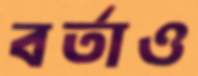
বর্তাও